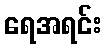
ရေအရင်း